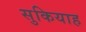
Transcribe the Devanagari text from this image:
सुकियाह